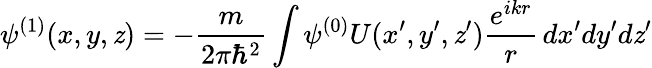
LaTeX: \psi^{(1)}(x,y,\mathit{z})=-{\frac{{m}}{{2\pi\hbar^{2}}}}\int\psi^{(0)}U(x^{\prime},y^{\prime},\mathit{z}^{\prime}){\frac{{e^{ikr}}}{{r}}}\, dx^{\prime}dy^{\prime}d\mathit{z}^{\prime}